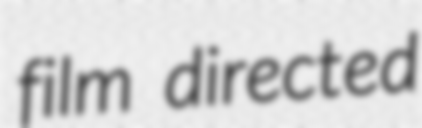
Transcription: film directed